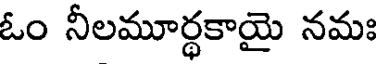
ఓం నీలమూర్థకాయై నమః